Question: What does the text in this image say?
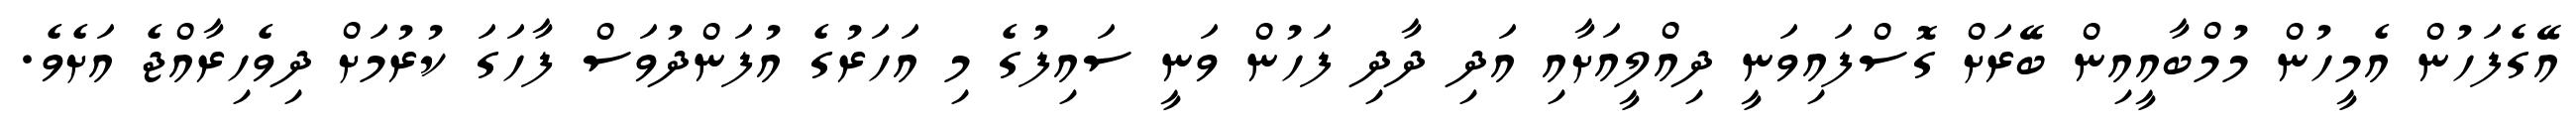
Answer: އޭގެފަހުން އެމީހުން މުމްބާއީއިން ބޭރަށް ގޮސްފައިވަނީ ދިއްލީއަށާއި އަދި ދާދި ފަހުން ވަނީ ސައިފުގެ މި އަހަރުގެ އުފަންދުވަސް ފާހަގަ ކުރުމަށް ދިވެހިރާއްޖެ އަށެވެ.